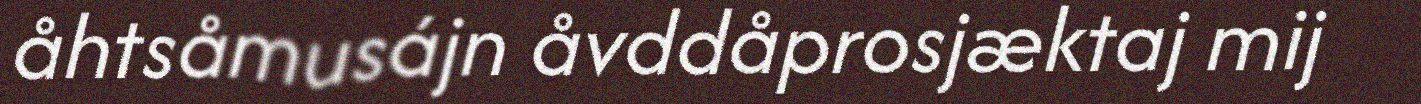
åhtsåmusájn åvddåprosjæktaj mij